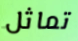
تماثل